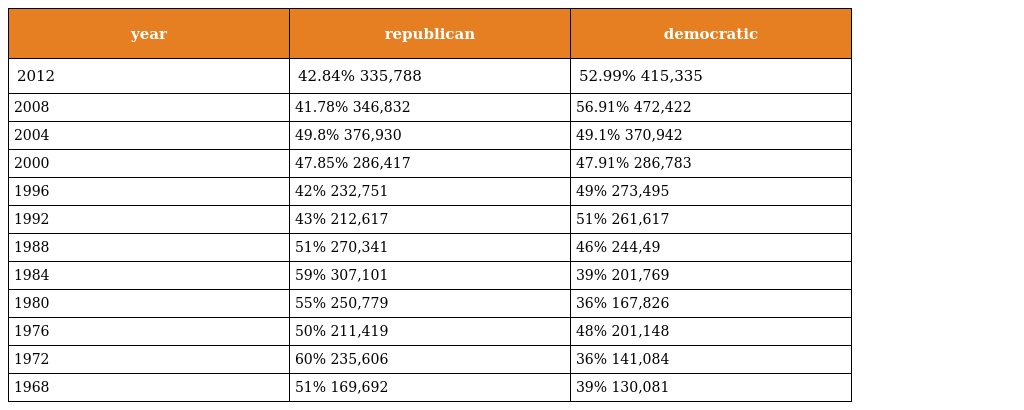
| year | republican | democratic |
 | --- | --- | --- |
 | 2012 | 42.84% 335,788 | 52.99% 415,335 |
 | 2008 | 41.78% 346,832 | 56.91% 472,422 |
 | 2004 | 49.8% 376,930 | 49.1% 370,942 |
 | 2000 | 47.85% 286,417 | 47.91% 286,783 |
 | 1996 | 42% 232,751 | 49% 273,495 |
 | 1992 | 43% 212,617 | 51% 261,617 |
 | 1988 | 51% 270,341 | 46% 244,49 |
 | 1984 | 59% 307,101 | 39% 201,769 |
 | 1980 | 55% 250,779 | 36% 167,826 |
 | 1976 | 50% 211,419 | 48% 201,148 |
 | 1972 | 60% 235,606 | 36% 141,084 |
 | 1968 | 51% 169,692 | 39% 130,081 |